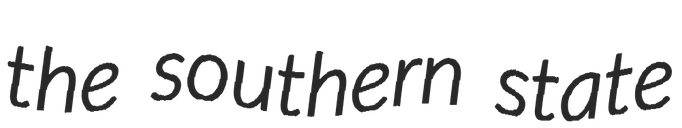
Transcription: the southern state